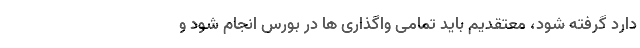
دارد گرفته شود، معتقدیم باید تمامی واگذاری ها در بورس انجام شود و